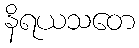
နိရယသတေ